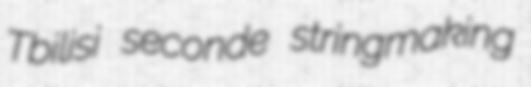
Tbilisi seconde stringmaking